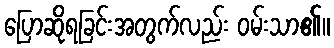
ပြောဆိုရခြင်းအတွက်လည်း ဝမ်းသာ၏။